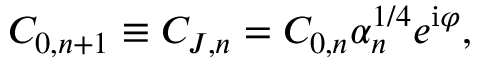
C _ { 0 , n + 1 } \equiv C _ { J , n } = C _ { 0 , n } \alpha _ { n } ^ { 1 / 4 } e ^ { \mathrm { i } \varphi } ,